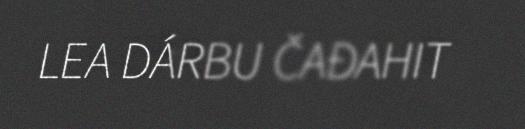
LEA DÁRBU ČAĐAHIT